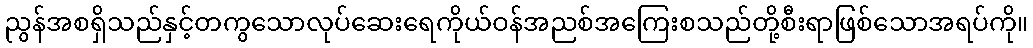
ညွန်အစရှိသည်နှင့်တကွသောလုပ်ဆေးရေကိုယ်ဝန်အညစ်အကြေးစသည်တို့စီးရာဖြစ်သောအရပ်ကို။